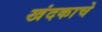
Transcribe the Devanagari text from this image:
खंदकाचे